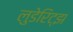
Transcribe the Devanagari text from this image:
लुडेरिट्झ